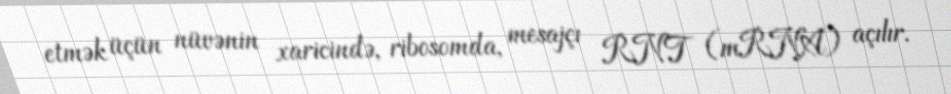
etmək üçün nüvənin xaricində, ribosomda, mesajçı RNT (mRNA) açılır.